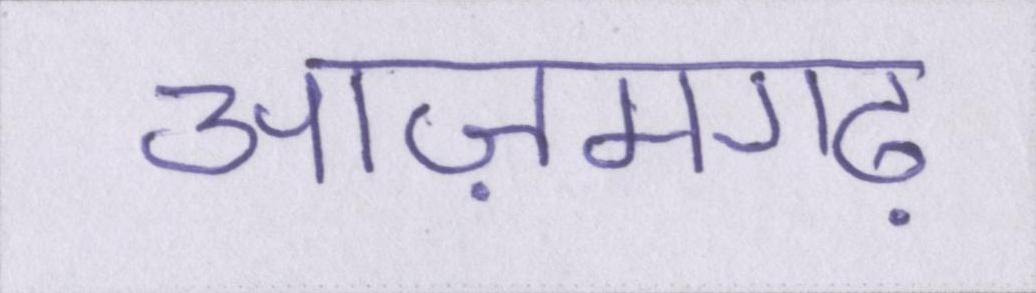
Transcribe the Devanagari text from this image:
आज़मगढ़